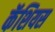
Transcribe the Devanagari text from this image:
कॅशियस